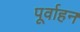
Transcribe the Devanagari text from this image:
पूर्वाहन